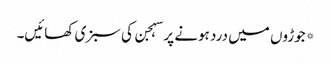
*جوڑوں میں درد ہونے پر سہجن کی سبزی کھائیں۔